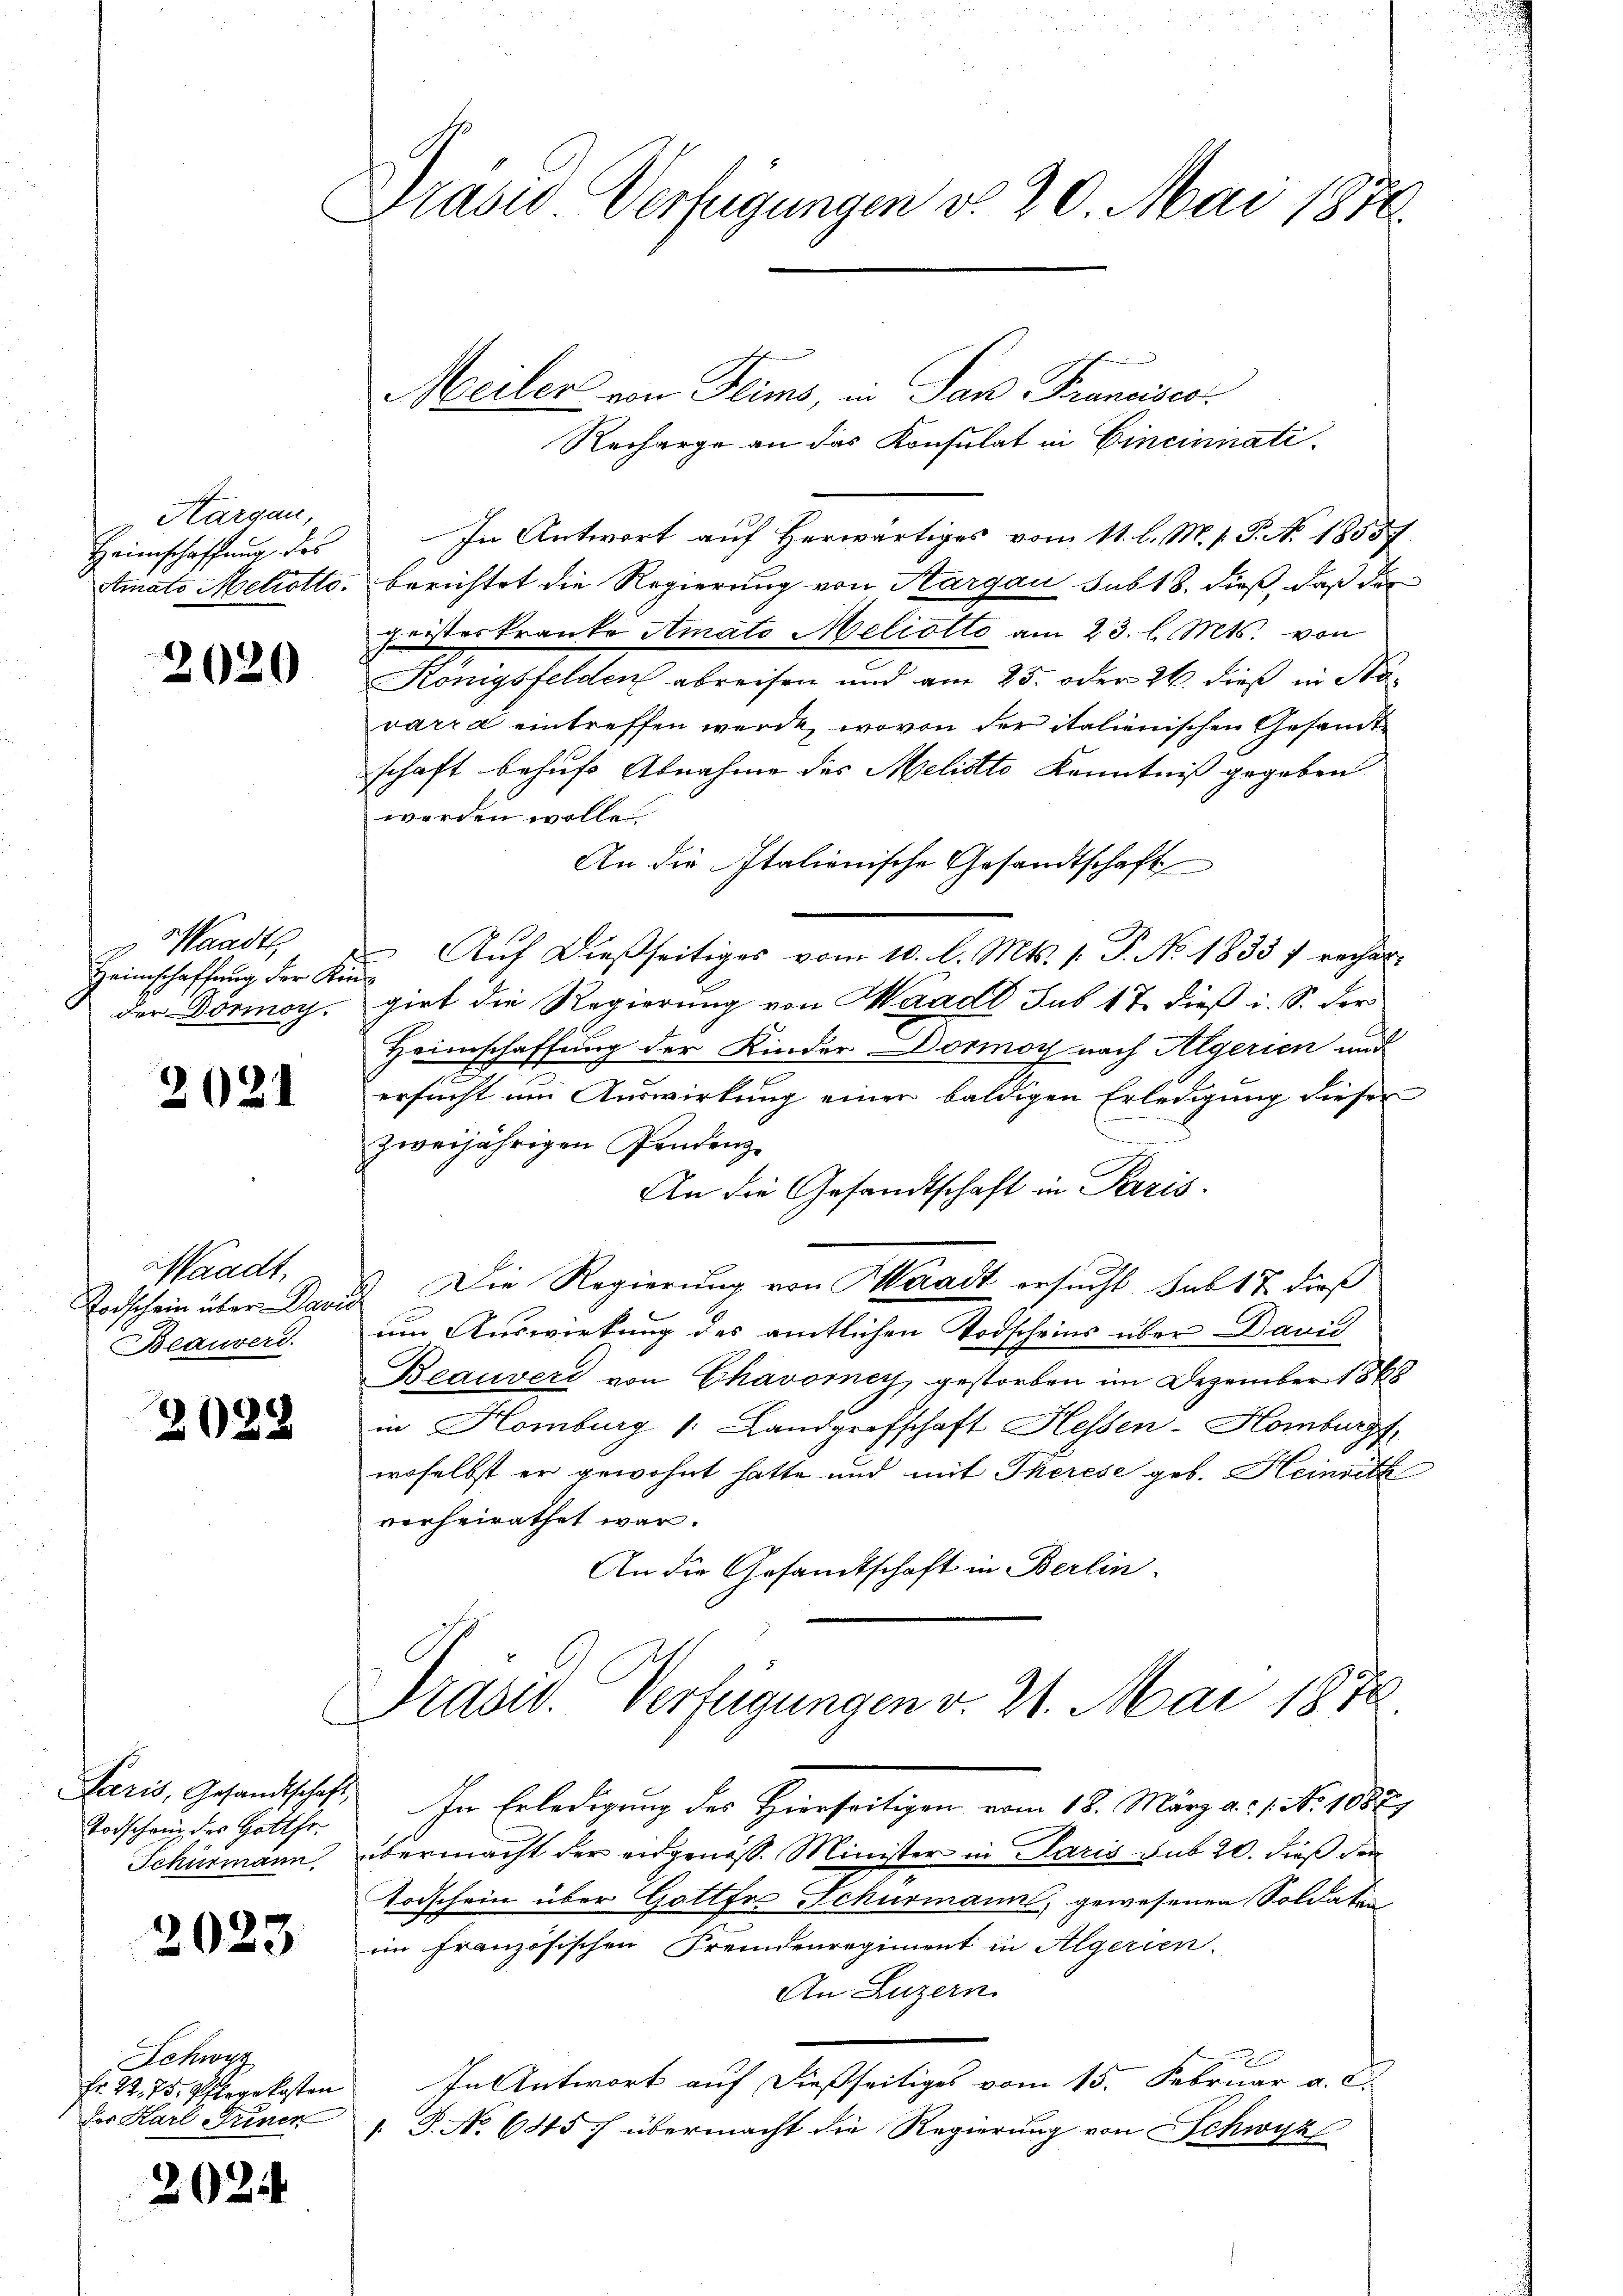
Kargau,
Heimschaffung des

2020

Waadt,
Heimschaffung der Kind

2021

Waadt,
Beaurerd.

2028

Todschein des Gottfr.

2023

Schwyz
Fr. 22. 75. Pflege kosten

2024

Präsid Verfügungen d. 30. Mai 1876.

Recharge an das Konsulat in Cincinati¬
In Antwort auf Herwärtiges vom 11. l. M. h. T. No. 1855
Atmato Metrotto, berichtet die Regierung von Aargau sub 18. dieß, daß der
geisteskranke Amato Meliotto am 23. l. Mts. von
Königsfelden abreisen und am 25. oder 26. dieß in Navarra eintreffen werde, wovon der italienischen Gesandtschaft behufs Abnahme des Melitto Kenntniß gegeben
werden wolle.
An die Italienische Gesandtschaft
1
Auf dießseitiges vom 10. l. Mts. 1. P. No. 1833 f recherder Dörmoy, giet die Regierung von Waadt sub 17 dieß i. S. der
Heimschaffung der Kinder Dormoy nach Algerien und
ersucht um Auswirkung einer baldigen Erledigung dieser
zweijährigen Pendenz
An die Gesandtschaft in Paris.
Todschein über Darid. Die Regierung von Waadt ersucht Sub 17 dieß
um Auswirkung des amtlichen Todscheins über Danić
Beauvers von Chavorey gestorben im Dezember 1868
in Homburg /: Landgrafschaft Hessen-Homburg,
woselbst er gewohnt hatte und mit Therese geb. Heinrich
verheirathet war.
An die Gesamtschaft in Berlin.
Präsid. Verfügungen v. 21. Mai 1878
Paris, Gesandtschaft, In Erledigung des Hierseitigen vom 18. März a. d. 1. No. 1087)
Schürmann, übermacht der eidgenöß. Minister in Paris sub 20. dieß den
Todschein über Gottfor Schurmanns, gewesenen Soldaten
im französischen Fremdenregiment in Algerien.
An Luzern
In Antwort auf dießseitiges vom 15. Februar a. c.
der Karl Triner 1 S. No 645 f übermacht die Regierung von Schwyz

Meiler von Flims, in San Francisco